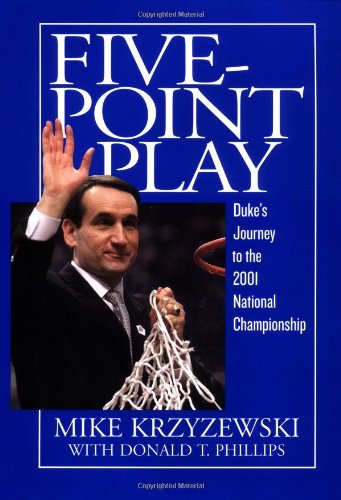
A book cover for Five-Point Play: Duke's Journey to the 2001 National Championship; Mike Krzyzewski; Sports & Outdoors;